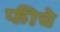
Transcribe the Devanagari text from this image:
फीचे